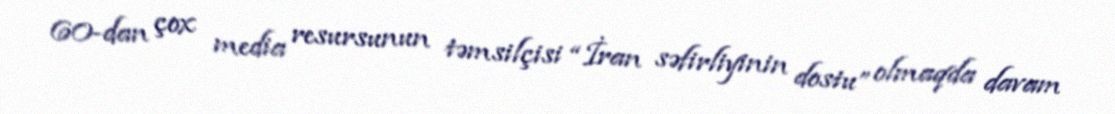
60-dan çox media resursunun təmsilçisi “İran səfirliyinin dostu” olmaqda davam